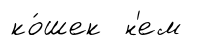
ко́шек н'ем